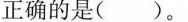
正确的是( )。